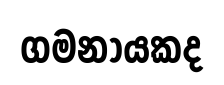
ගමනායකද